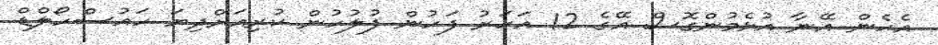
އެހެން އޭނާ އުޅެމުންގޮސް އޭގެ 12 އަހަރު ފަހުން ފުލުހުން ކުރިއަށްދިޔަ ހައުސްހޯލްޑް